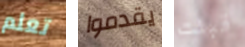
تعلم يقدموا قبلت